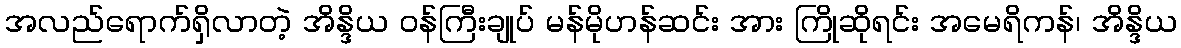
အလည်ရောက်ရှိလာတဲ့ အိန္ဒိယ ဝန်ကြီးချုပ် မန်မိုဟန်ဆင်း အား ကြိုဆိုရင်း အမေရိကန်၊ အိန္ဒိယ